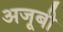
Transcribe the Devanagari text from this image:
अजूबी